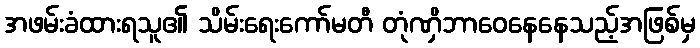
အဖမ်းခံထားရသူ၏ သိမ်းရေးကော်မတီ တုံဏှိဘာဝေနေနေသည့်အဖြစ်မှ